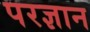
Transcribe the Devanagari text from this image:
परज्ञान